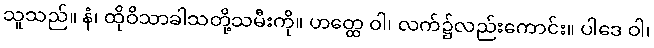
သူသည်။ နံ၊ ထိုဝိသာခါသတို့သမီးကို။ ဟတ္ထေ ဝါ၊ လက်၌လည်းကောင်း။ ပါဒေ ဝါ၊